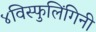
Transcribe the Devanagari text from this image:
४विस्फुलिंगिनी